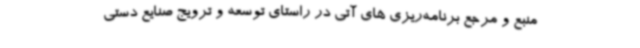
منبع و مرجع برنامه‌ریزی های آتی در راستای توسعه و ترویج صنایع دستی